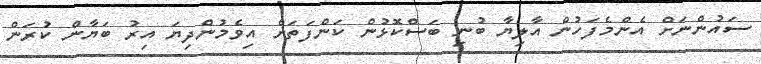
ސައުންނަށް އެންމެފަހުން އާލިޔާ ބުނި ބަސްކޮޅުން ކަންފަތަށް އިވެމުންދިޔަ އިރު ބަޔާން ކުރަން